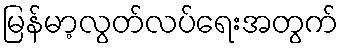
မြန်မာ့လွတ်လပ်ရေးအတွက်